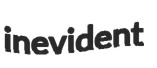
inevident